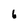
Character: 6